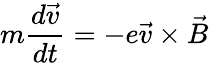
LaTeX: m\frac{d\vec{v}}{dt}=-e\vec{v}\times\vec{B}